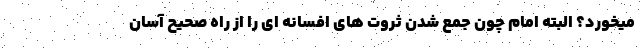
میخورد؟ البته امام چون جمع شدن ثروت های افسانه ای را از راه صحیح آسان